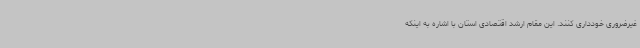
غیرضروری خودداری کنند. این مقام ارشد اقتصادی استان با اشاره به اینکه